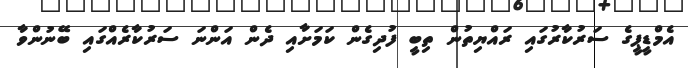
އެމްޑީޕީގެ ސަރުކާރުގައި ރައްޔިތުން ތިބީ ފުދިގެން ކަމަށާއި ދެން އަންނަ ސަރުކާރެއްގައި ބޭނުންވާ